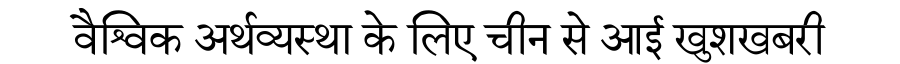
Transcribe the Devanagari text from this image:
वैश्विक अर्थव्यस्था के लिए चीन से आई खुशखबरी